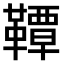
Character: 𫖊